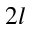
2 l